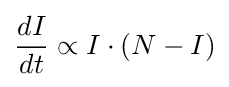
{\frac {dI}{dt}}\propto I\cdot (N-I)